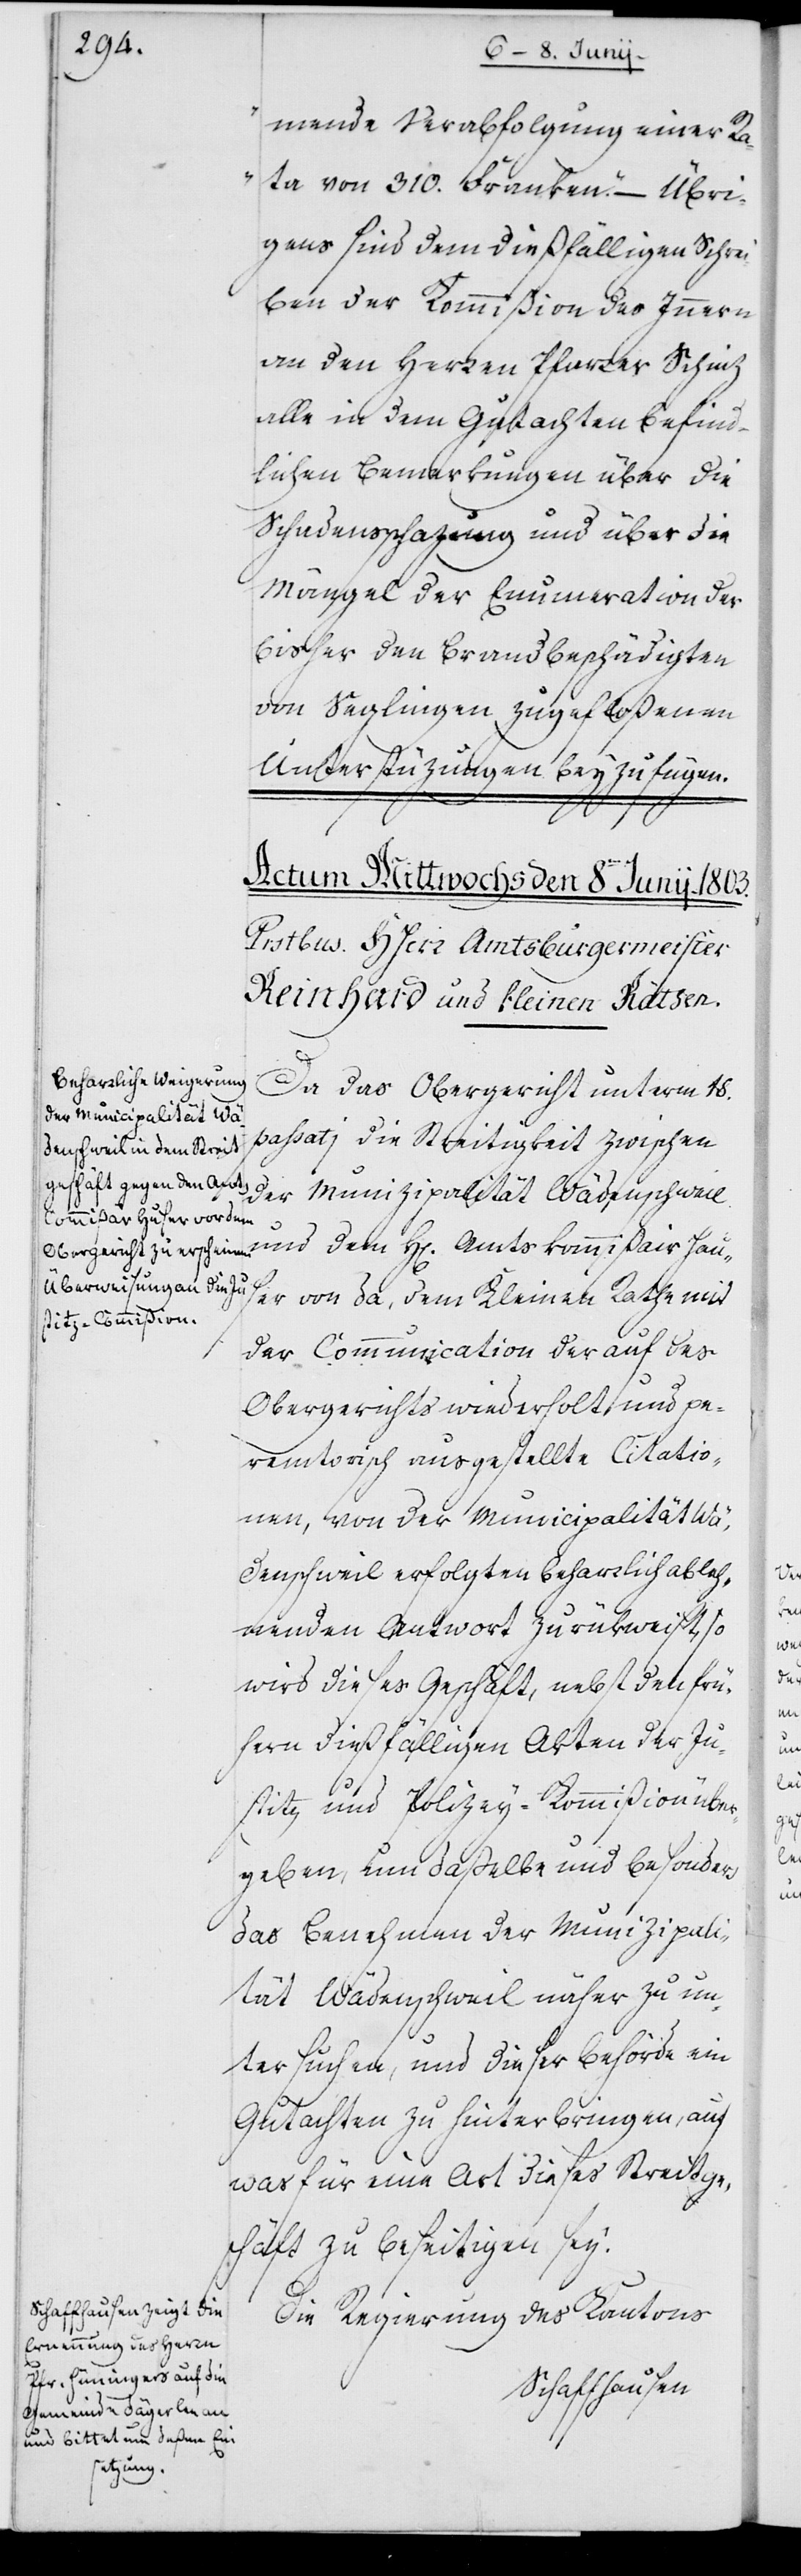
mende Verabfolgung einer R¬
ata von 310. Franken.“ – Übri¬
gens sind dem dießfälligen Schrei¬
ben der Kommißion des Innern
an den Herren Pfarrer Schinz
alle in dem Gutachten befind¬
lichen Bemerkungen über die
Schadensschazung und über die
Mängel der Enumeration der
bisher den Brandbeschädigten
von Seglingen zugefloßenen
Unterstüzungen beyzufügen.
Da das Obergericht unterm 18.
passatj die Streitigkeit zwischen
der Munizipalität Wädenschweil
und dem Herrn Amtskommißair Hau¬
ser von da, dem Kleinen Rathe mit
der Communication der auf des
Obergerichts wiederholt, und pe¬
remtorisch ausgestellte Citatio¬
nen, von der Municipalität Wä¬
denschweil erfolgten beharrlich ableh¬
nenden Antwort zurückweist, so
wird dieses Geschäft, nebst den frü¬
hern dießfälligen Akten der Ju¬
stitz- und Polizey-Kommißion über¬
geben, um daßelbe und besonders
das Benehmen der Munizipali¬
tät Wädenschweil näher zu un¬
tersuchen, und dieser Behörde ein
Gutachten zu hinterbringen, auf
was für eine Art dieses Streitge¬
schäft zu beseitigen sey.
Die Regierung des Kantons